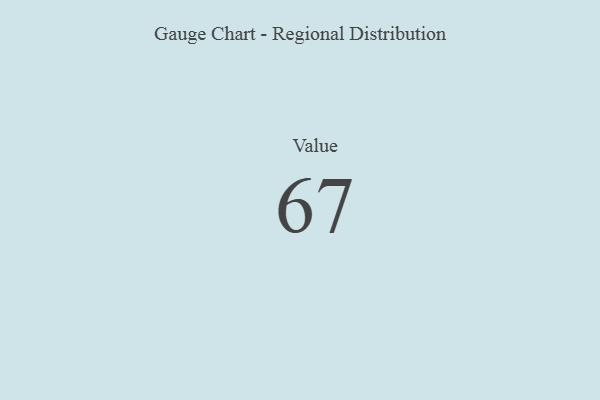
{"axis": {"x": "Metric", "y": "Value"}, "legend": [""], "data": [{"x": "Value", "y": 67, "type": ""}]}